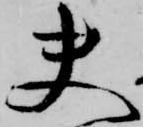
夫